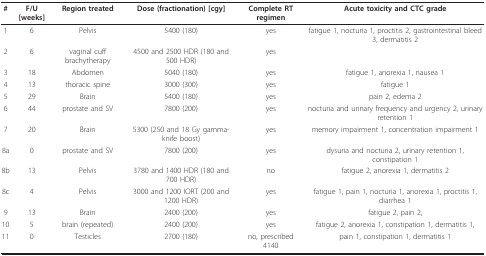
<table><thead><tr><td><b>#</b></td><td><b>F/U [weeks]</b></td><td><b>Region treated</b></td><td><b>Dose (fractionation) [cgy]</b></td><td><b>Complete RT regimen</b></td><td><b>Acute toxicity and CTC grade</b></td></tr></thead><tbody><tr><td>1</td><td>6</td><td>Pelvis</td><td>5400 (180)</td><td>yes</td><td>fatigue 1, nocturia 1, proctitis 2, gastrointestinal bleed 3, dermatitis 2</td></tr><tr><td>2</td><td>6</td><td>vaginal cuff brachytherapy</td><td>4500 and 2500 HDR (180 and 500 HDR)</td><td>yes</td><td></td></tr><tr><td>3</td><td>18</td><td>Abdomen</td><td>5040 (180)</td><td>yes</td><td>fatigue 1, anorexia 1, nausea 1</td></tr><tr><td>4</td><td>13</td><td>thoracic spine</td><td>3000 (300)</td><td>yes</td><td>fatigue 1</td></tr><tr><td>5</td><td>29</td><td>Brain</td><td>5400 (180)</td><td>yes</td><td>pain 2, edema 2</td></tr><tr><td>6</td><td>44</td><td>prostate and SV</td><td>7800 (200)</td><td>yes</td><td>nocturia and urinary frequency and urgency 2, urinary retention 1</td></tr><tr><td>7</td><td>20</td><td>Brain</td><td>5300 (250 and 18 Gy gamma-knife boost)</td><td>yes</td><td>memory impairment 1, concentration impairment 1</td></tr><tr><td>8a</td><td>0</td><td>prostate and SV</td><td>7800 (200)</td><td>yes</td><td>dysuria and nocturia 2, urinary retention 1, constipation 1</td></tr><tr><td>8b</td><td>13</td><td>Pelvis</td><td>3780 and 1400 HDR (180 and 700 HDR)</td><td>no</td><td>fatigue 2, anorexia 1, dermatitis 2</td></tr><tr><td>8c</td><td>4</td><td>Pelvis</td><td>3000 and 1200 IORT (200 and 1200 HDR)</td><td>yes</td><td>fatigue 1, pain 1, nocturia 1, anorexia 1, proctitis 1, diarrhea 1</td></tr><tr><td>9</td><td>13</td><td>Brain</td><td>2400 (200)</td><td>yes</td><td>fatigue 2, pain 2,</td></tr><tr><td>10</td><td>5</td><td>brain (repeated)</td><td>2400 (200)</td><td>yes</td><td>fatigue 2, anorexia 1, constipation 1, dermatitis 1,</td></tr><tr><td>11</td><td>0</td><td>Testicles</td><td>2700 (180)</td><td>no, prescribed 4140</td><td>pain 1, constipation 1, dermatitis 1</td></tr></tbody></table>